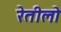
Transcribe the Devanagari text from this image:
रेतीलो